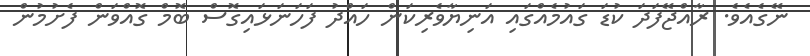
ނޭގެއެވެ. ރާއްޖޭފަދަ ކުޑަ ގައުމެއްގައި އަނިޔާވެރިކަން ހައްދު ފަހަނަޅައިގޮސް ބޮމް ގޮއްވަން ފެށުމުން